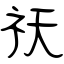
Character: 祆